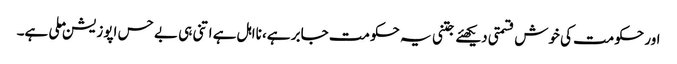
اور حکومت کی خوش قسمتی دیکھئے جتنی یہ حکومت جابر ہے، نااہل ہے اتنی ہی بے حس اپوزیشن ملی ہے۔